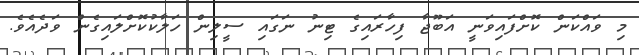
މި ވައްކަން ކޮށްފައިވަނީ އަބޫޖާ ފިހާރައިގެ ޓިނު ނަގައި ސީލިން ހަލާކުކޮށްލައިގެން ވަދެއެވެ.